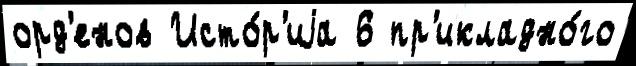
орд'енов Исто́р'иjа 6 пр'икладно́го